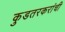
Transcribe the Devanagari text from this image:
कुडतरकरांची